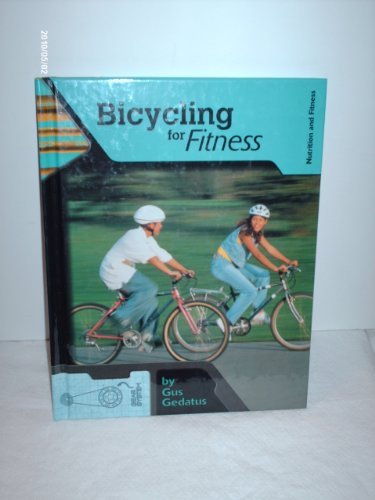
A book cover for Bicycling for Fitness (Nutrition and Fitness for Teens); Gustav Mark Gedatus; Teen & Young Adult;